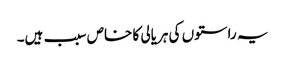
یہ راستوں کی ہریالی کا خاص سبب ہیں۔